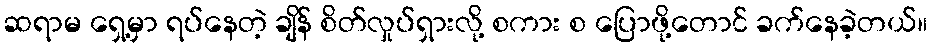
ဆရာမ ရှေ့မှာ ရပ်နေတဲ့ ချိန် စိတ်လှုပ်ရှားလို့ စကား စ ပြောဖို့တောင် ခက်နေခဲ့တယ်။